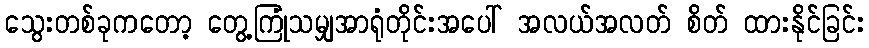
သွေးတစ်ခုကတော့ တွေ့ကြုံသမျှအာရုံတိုင်းအပေါ် အလယ်အလတ် စိတ် ထားနိုင်ခြင်း